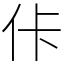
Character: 佧